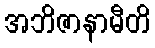
အဘိဇာနာမီတိ